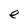
Character: e